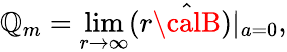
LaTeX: \mathbb{Q}_{m}=\operatorname*{lim}_{r\to\infty}(r\hat{{\calB}})|_{a=0},